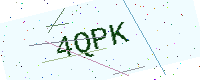
Text: 4QPK